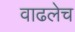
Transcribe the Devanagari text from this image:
वाढलेच